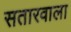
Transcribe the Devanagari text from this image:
सतारवाला